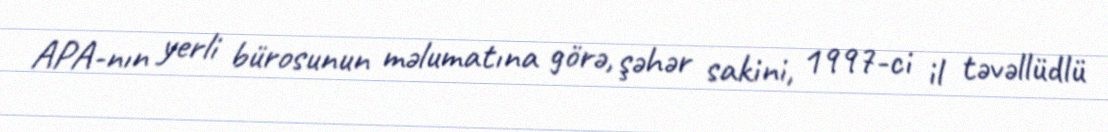
APA-nın yerli bürosunun məlumatına görə, şəhər sakini, 1997-ci il təvəllüdlü